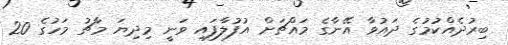
ބިރުދެއްކުމުގެ ދައުވާ އޭނާގެ މައްޗަށް އުފުލާފައި ވަނީ މިދިޔަ މާޗު މަހުގެ 20